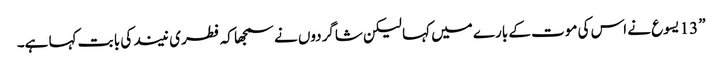
” 13 یسوع نے اس کی موت کے بارے میں کہا لیکن شاگردوں نے سمجھا کہ فطری نیند کی با بت کہا ہے۔